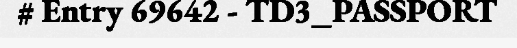
# Entry 69642 - TD3_PASSPORT